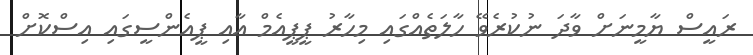
ރައީސް ޔާމީނަށް ވާދަ ނުކުރެވޭ ހާލަތެއްގައި މިހާރު ޕީޕީއެމް އާއި ޕީއެންސީގައި އިސްކޮށް